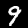
Digit: 9